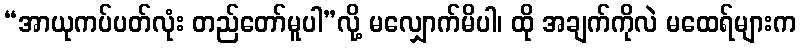
“အာယုကပ်ပတ်လုံး တည်တော်မူပါ”လို့ မလျှောက်မိပါ၊ ထို အချက်ကိုလဲ မထေရ်များက